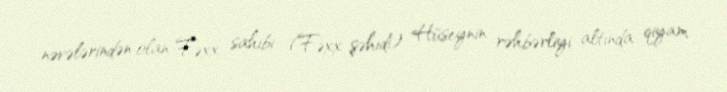
nəvələrindən olan Fəxx sahibi (Fəxx şəhidi) Hüseynin rəhbərliyi altında qiyam